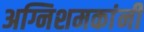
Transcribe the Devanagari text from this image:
अग्निशमकांनी